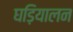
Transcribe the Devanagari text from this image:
घड़ियालन